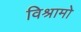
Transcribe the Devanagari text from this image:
विश्रामो